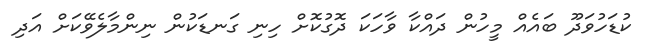
ކުޑަހުވަދޫ ބައެއް މީހުން ދައްކާ ވާހަކަ ދޮގުކޮށް ހިނި ގަނޑަކުން ނިންމާލެވޭކަށް އަދި